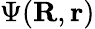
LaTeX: \Psi(\mathbf{R},\mathbf{r})